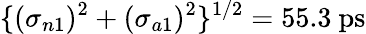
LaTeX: \{ (\sigma_{n1})^{2}+(\sigma_{a1})^{2}\} ^{1/2}=55.3~\mathrm{ps}